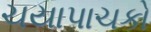
ચયાપાચકો